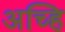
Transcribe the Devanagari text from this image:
अच्हि